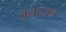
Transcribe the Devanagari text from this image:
जनरंजन